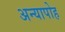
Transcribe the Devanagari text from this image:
अन्यापोह